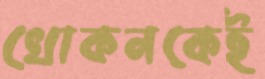
খোকনকেই